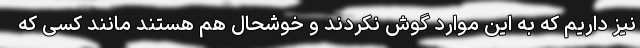
نیز داریم که به این موارد گوش نکردند و خوشحال هم هستند مانند کسی که